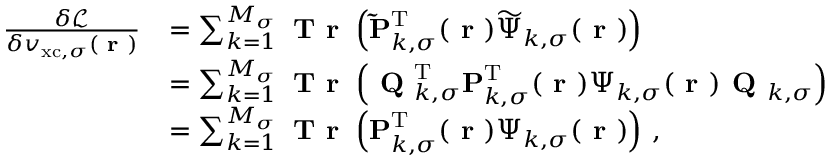
\begin{array} { r l } { \frac { \delta \mathcal { L } } { \delta v _ { \mathrm { x c } , \sigma } ( \boldsymbol { \textbf { r } } ) } } & { = \sum _ { k = 1 } ^ { M _ { \sigma } } \textbf { T r } \left( \mathbf { \widetilde { P } } _ { k , \sigma } ^ { \mathrm { T } } ( \boldsymbol { \textbf { r } } ) \boldsymbol { \widetilde { \Psi } } _ { k , \sigma } ( \boldsymbol { \textbf { r } } ) \right) } \\ & { = \sum _ { k = 1 } ^ { M _ { \sigma } } \textbf { T r } \left( \textbf { Q } _ { k , \sigma } ^ { \mathrm { T } } \mathbf { P } _ { k , \sigma } ^ { \mathrm { T } } ( \boldsymbol { \textbf { r } } ) \boldsymbol { \Psi } _ { k , \sigma } ( \boldsymbol { \textbf { r } } ) \textbf { Q } _ { k , \sigma } \right) } \\ & { = \sum _ { k = 1 } ^ { M _ { \sigma } } \textbf { T r } \left( \mathbf { P } _ { k , \sigma } ^ { \mathrm { T } } ( \boldsymbol { \textbf { r } } ) \boldsymbol { \Psi } _ { k , \sigma } ( \boldsymbol { \textbf { r } } ) \right) \, , } \end{array}